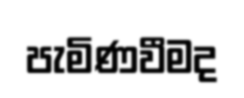
පැමිණවීමද